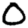
Digit: 0